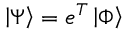
\left| \Psi \right> = e ^ { T } \left| \Phi \right>